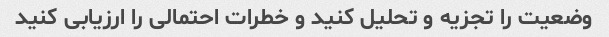
وضعیت را تجزیه و تحلیل کنید و خطرات احتمالی را ارزیابی کنید